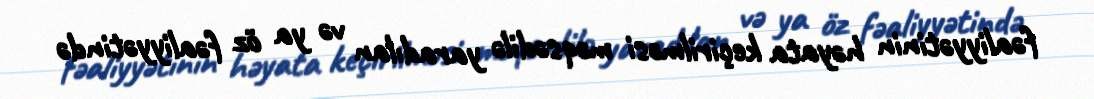
fəaliyyətinin həyata keçirilməsi məqsədilə yaradılan və ya öz fəaliyyətində